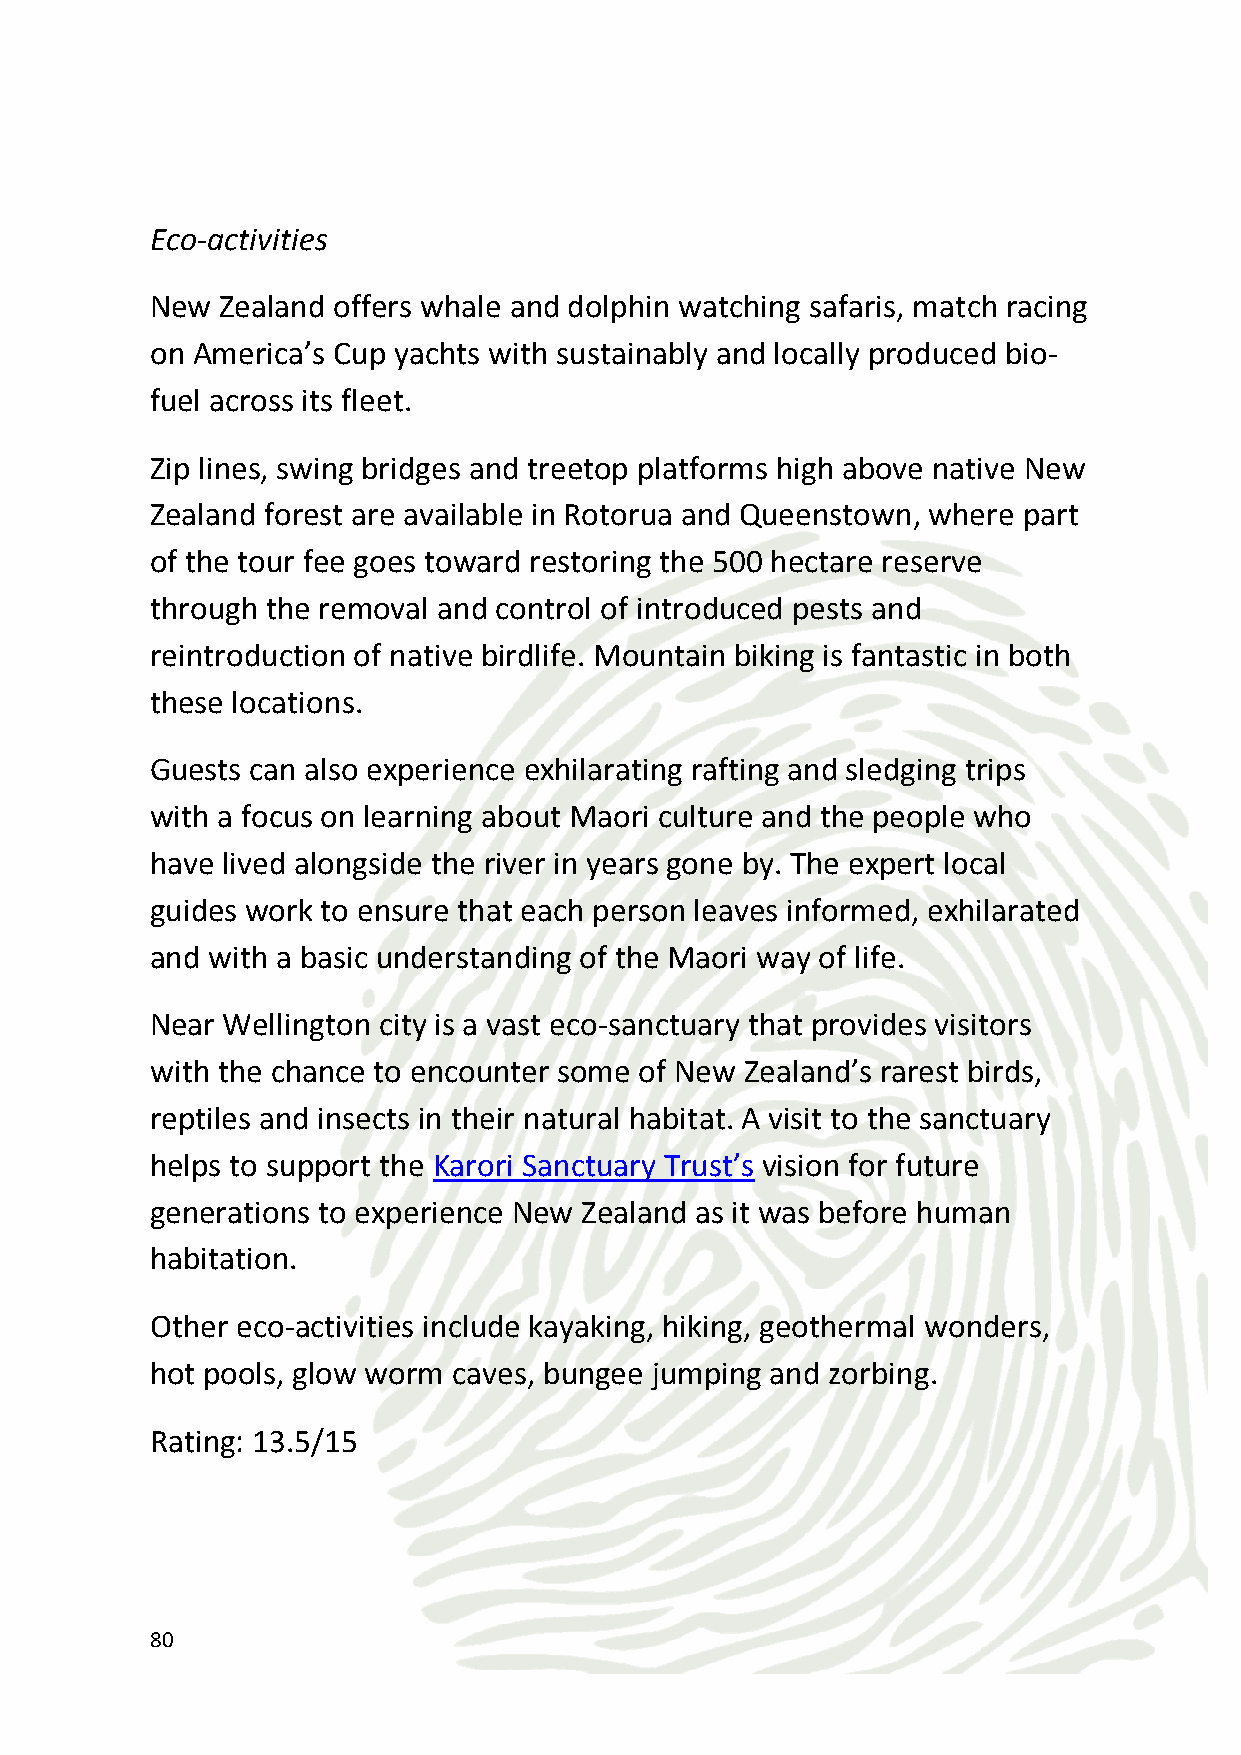
CSR Give-Back Opportunities
 You can help preserve, protect and maintain penguin habitats. You
 would be able to enter the colonies, and work on vegetation and
 habitat restoration programs. This could involve anything from
 planting new trees to clearing undergrowth, to assisting with the
 construction of new nesting sites to working on erosion protection.
 Your company can play a part in a ground-breaking environmental
 conservation project in New Zealand to help save native birds,
 including kiwi. The vision is to restore many of the plant and animal
 communities that existed on the peninsula prior to human
 colonization.
 The project is being undertaken on a large scale and across a mosaic
 of different habitat types. It is large enough to accommodate viable
 populations of most forest birds (including kiwi), and the movement
 of species which range widely over a variety of different habitats).
 Rating: 5.25/15
 81